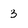
Character: 3